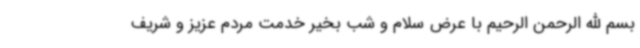
بسم الله الرحمن الرحیم با عرض سلام و شب بخیر خدمت مردم عزیز و شریف